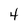
Character: 4